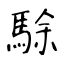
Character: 駼